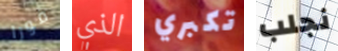
فورا الذي تكبري نجلب